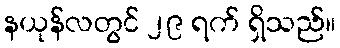
နယုန်လတွင် ၂၉ ရက် ရှိသည်။